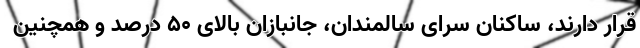
قرار دارند، ساکنان سرای سالمندان، جانبازان بالای ۵۰ درصد و همچنین